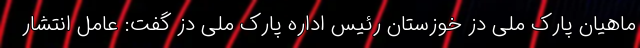
ماهیان پارک ملی دز خوزستان رئیس اداره پارک ملی دز گفت: عامل انتشار